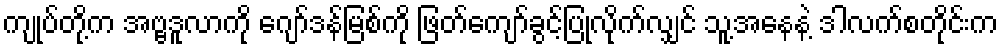
ကျုပ်တို့က အဗ္ဗဒူလာကို ဂျော်ဒန်မြစ်ကို ဖြတ်ကျော်ခွင့်ပြုလိုက်လျှင် သူ့အနေနဲ့ ဒါလက်စတိုင်းက